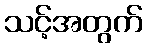
သင့်အတွက်